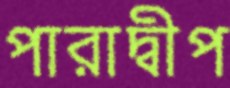
পারাদ্বীপ